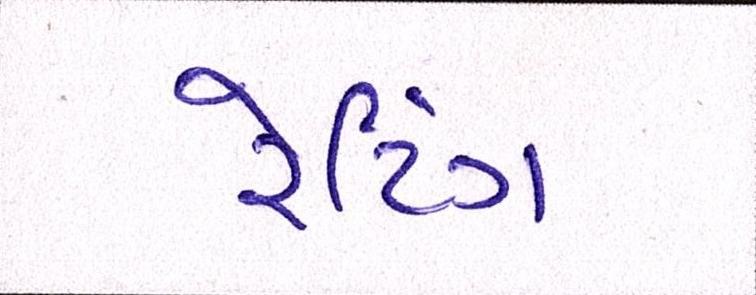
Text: રેટિંગ